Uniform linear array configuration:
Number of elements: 4
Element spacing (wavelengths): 1
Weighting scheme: kaiser
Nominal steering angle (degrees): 30
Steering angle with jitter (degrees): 30.556
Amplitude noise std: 0.05
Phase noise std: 0.05

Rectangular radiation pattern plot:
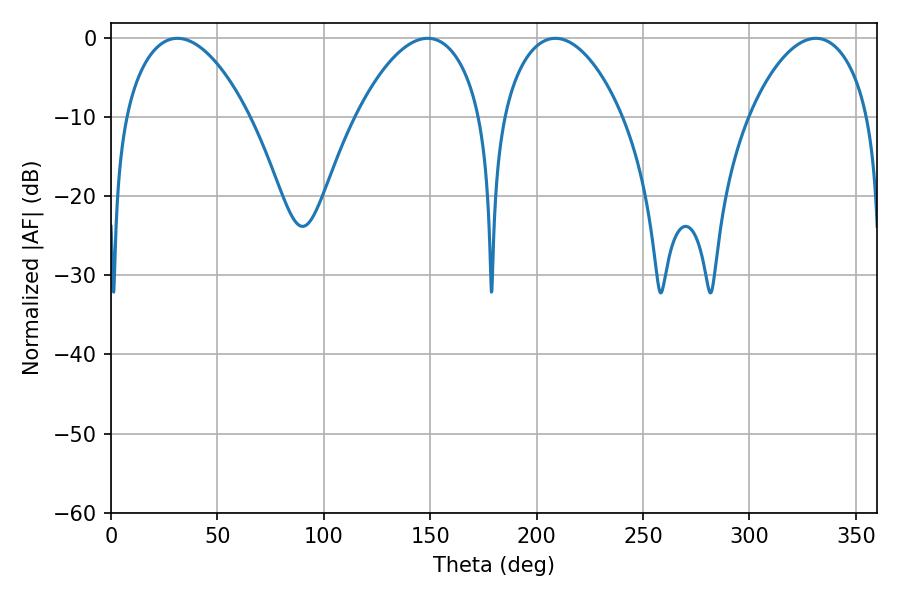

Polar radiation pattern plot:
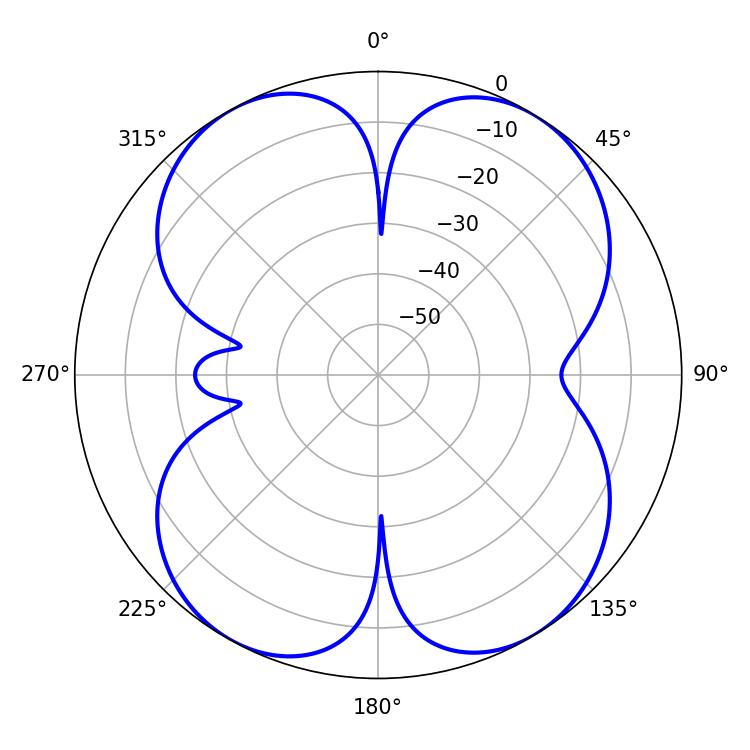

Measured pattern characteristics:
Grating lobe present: TRUE
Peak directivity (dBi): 14.082
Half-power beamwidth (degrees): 31.68
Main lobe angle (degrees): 208.8